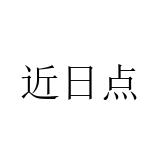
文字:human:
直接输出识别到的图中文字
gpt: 近日点